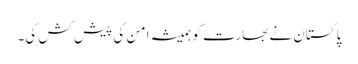
پاکستان نے بھارت کو ہمیشہ امن کی پیش کش کی۔